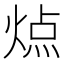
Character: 𬊬